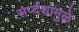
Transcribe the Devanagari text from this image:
सर्प्दंशामुळे